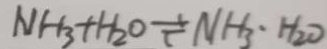
N H _ { 3 } + H _ { 2 } O \rightleftharpoons N H _ { 3 } \cdot H _ { 2 } O